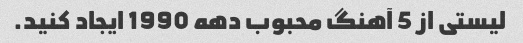
لیستی از 5 آهنگ محبوب دهه 1990 ایجاد کنید.